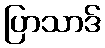
ပြာသာဒ်